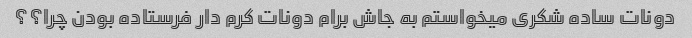
دونات ساده شکری میخواستم به جاش برام دونات کرم دار فرستاده بودن چرا؟؟